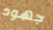
جهود